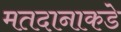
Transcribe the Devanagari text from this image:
मतदानाकडे